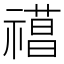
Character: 𥛼